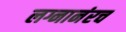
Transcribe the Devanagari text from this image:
लग्नानंरच